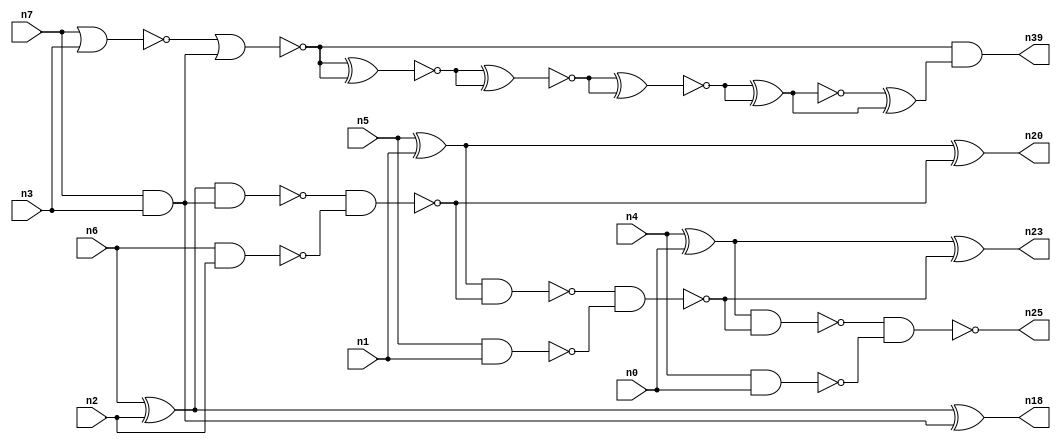
// This program was cloned from: https://github.com/umar-afzaal/ReCkt
// License: MIT License

// This file contains a pareto-optimal circuit with respect to pdp and the fault-resilince parameter p_fault which is defined as:
// "For all input vectors, the ratio of the no. of faults observable at the POs to the no. of total possible faults in the circuit".
// This code is part of the ReCkt library (https://github.com/umar-afzaal/ReCkt) distributed under The MIT License.
// When used, please cite the following article(s):
// U. Afzaal, A.S. Hassan, M. Usman and J.A. Lee, "On the Evolutionary Synthesis of Increased Fault-resilience Arithmetic Circuits".

// p_fault = 57.7 %    (Lower is better)
// gates = 32.0
// levels = 11
// area = 45.59    (For MCNC library relative to nand2)
// power = 193.3 uW    (Berkely-SIS for MCNC library @ Vdd=5V and 20 MHz clock)
// delay = 20.5 ns    (Berkely-ABC for MCNC library)
// PDP = 3.96265e-12 J

// Pin mapping:
// {n0, n1, n2, n3} = A[3:0]
// {n4, n5, n6, n7} = B[3:0]
// {n25, n23, n20, n18, n39} = O[4:0]

module addr4u_pdp_24 (
n0, n1, n2, n3, n4, n5, n6, n7, 
n25, n23, n20, n18, n39
);

input n0, n1, n2, n3, n4, n5, n6, n7;
output n25, n23, n20, n18, n39;
wire n38, n14, n35, n22, n32, n31, n36, n33, n37, n11, n17, n34, n29, n13, n30, n24, n9, n16, n8, n15, 
n10, n26, n19, n21, n27, n28, n12;

xor (n8, n4, n0);
nand (n9, n4, n0);
nand (n10, n5, n1);
nand (n11, n6, n2);
nor (n12, n7, n3);
xor (n13, n6, n2);
and (n14, n7, n3);
xor (n15, n5, n1);
nor (n16, n12, n14);
nand (n17, n13, n14);
xor (n18, n13, n14);
nand (n19, n17, n11);
xor (n20, n15, n19);
nand (n21, n15, n19);
nand (n22, n21, n10);
xor (n23, n8, n22);
nand (n24, n8, n22);
nand (n25, n24, n9);
xnor (n26, n16, n16);
xnor (n27, n16, n16);
xnor (n28, n26, n26);
xnor (n29, n27, n27);
xnor (n30, n28, n28);
xnor (n31, n29, n29);
xnor (n32, n30, n30);
xnor (n33, n31, n31);
nor (n34, n32, n33);
xnor (n35, n32, n34);
xnor (n36, n34, n33);
or (n37, n36, n36);
nand (n38, n35, n37);
and (n39, n16, n38);

endmodule